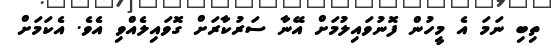
ތިބި ނަމަ އެ މީހުން ފޮނުވައިލުމަށް އޭނާ ސަރުކާރަށް ގޮވައިލެއްވި އެވެ. އެކަމަށް